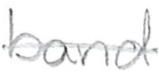
Text: band
Cross-out: single-line
Writing tool: pencil